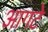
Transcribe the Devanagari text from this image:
आगटे